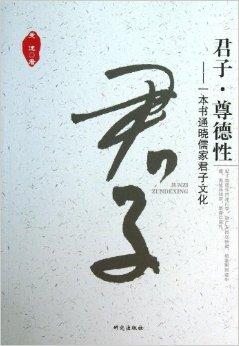
君子尊德性，而道问学，致广大，而尽精微，极高明，而道中庸。温故，而知新，敦厚以崇礼。